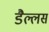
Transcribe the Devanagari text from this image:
डैल्लस